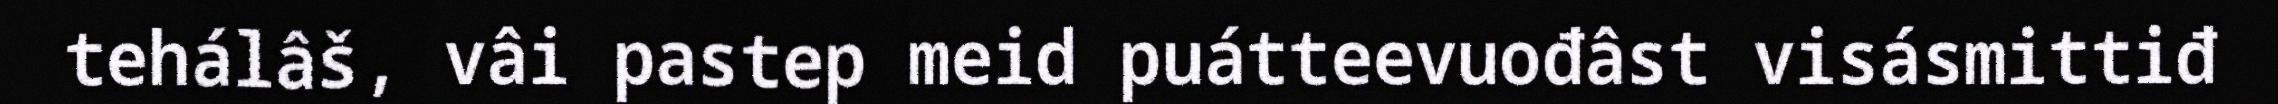
tehálâš, vâi pastep meid puátteevuođâst visásmittiđ